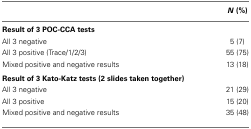
<table><thead><tr><td></td><td><b><i>N</i> (%)</b></td></tr></thead><tbody><tr><td><b>Result of 3 POC-CCA tests</b></td></tr><tr><td>All 3 negative</td><td>5 (7)</td></tr><tr><td>All 3 positive (Trace/1/2/3)</td><td>55 (75)</td></tr><tr><td>Mixed positive and negative results</td><td>13 (18)</td></tr><tr><td><b>Result of 3 Kato-Katz tests (2 slides taken together)</b></td></tr><tr><td>All 3 negative</td><td>21 (29)</td></tr><tr><td>All 3 positive</td><td>15 (20)</td></tr><tr><td>Mixed positive and negative results</td><td>35 (48)</td></tr></tbody></table>